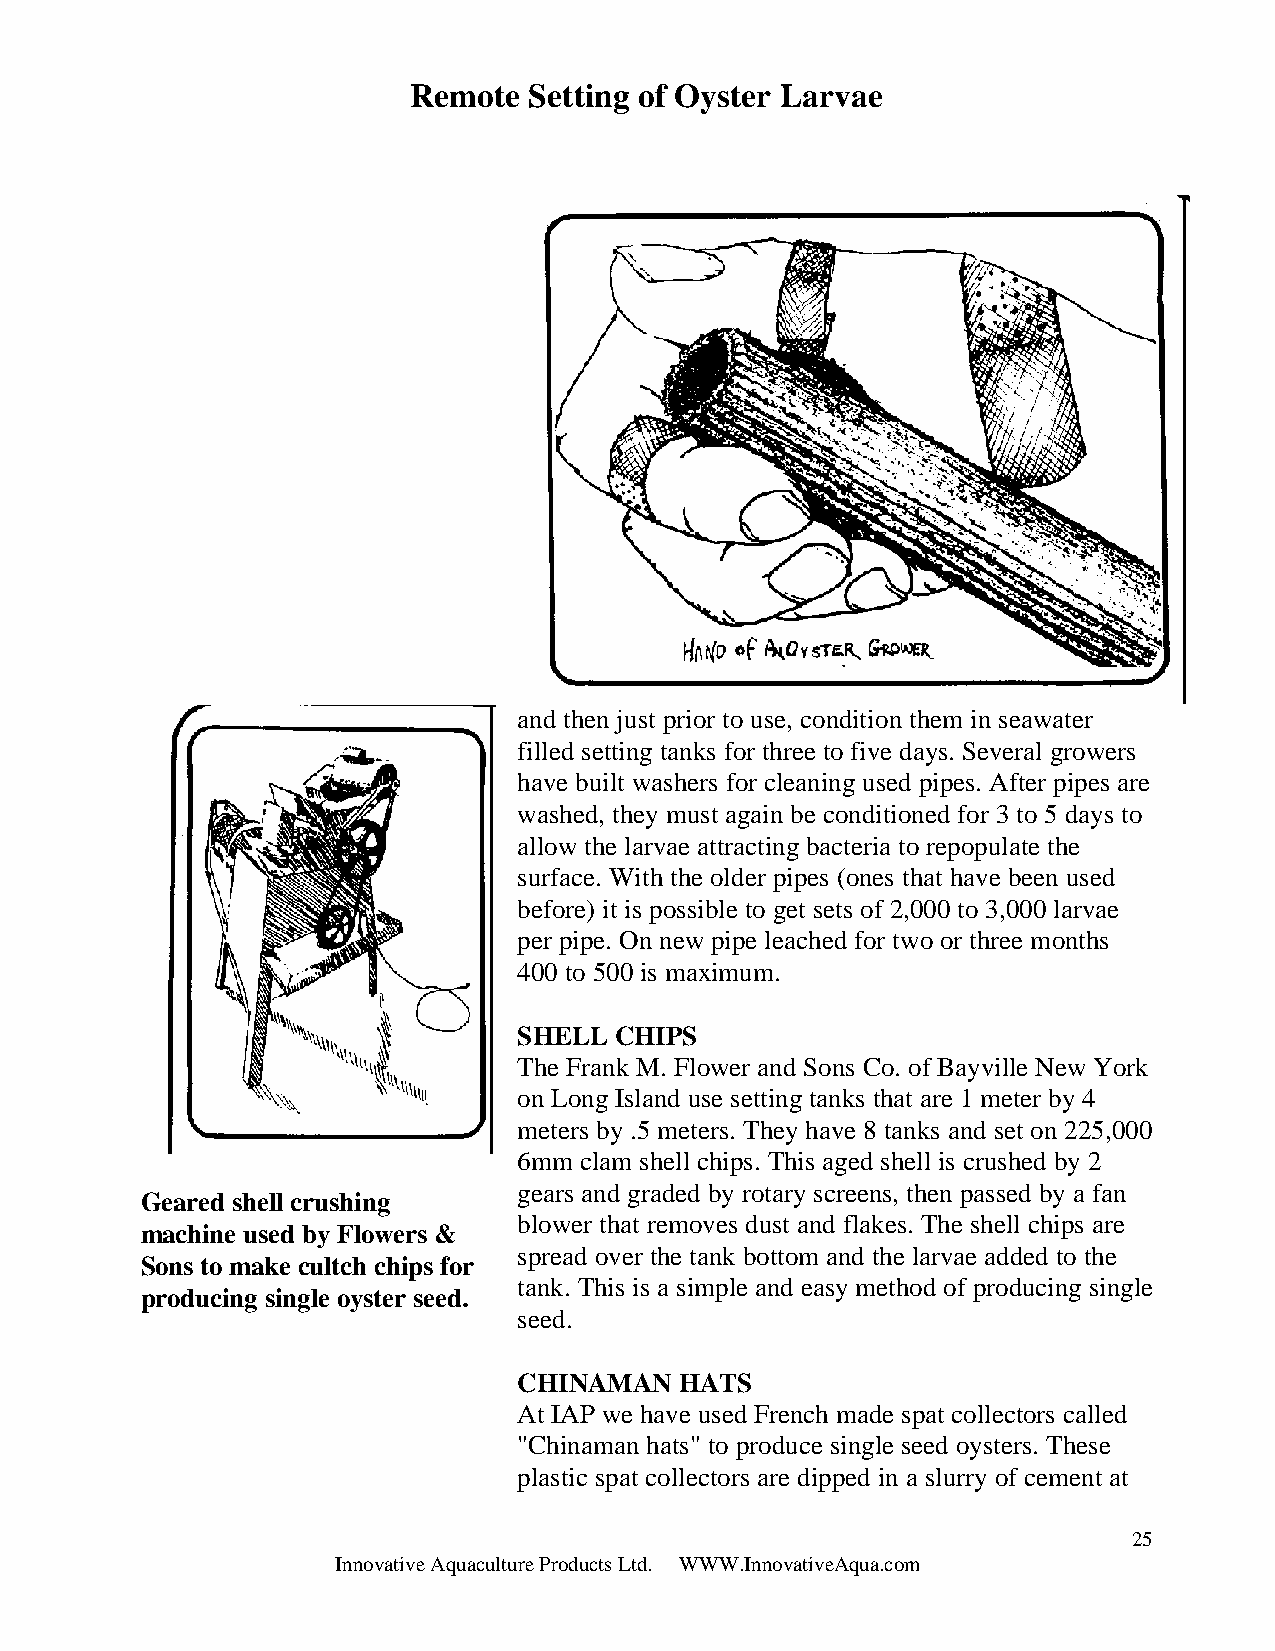
Remote  Setting of Oyster Larvae
 and then just prior to use, condition them in seawater
 filled setting tanks for three to five days. Several growers
 have built washers for cleaning used pipes. After pipes are
 washed, they must again be conditioned for 3 to 5 days to
 allow the larvae attracting bacteria to repopulate the
 surface. With the older pipes (ones that have been used
 before) it is possible to get sets of 2,000 to 3,000 larvae
 per pipe. On new pipe leached for two or three months
 400 to 500 is maximum.
 SHELL  CHIPS
 The Frank M. Flower and Sons Co. of Bayville New York
 on Long Island use setting tanks that are 1 meter by 4
 meters by .5 meters. They have 8 tanks and set on 225,000
 6mm clam shell chips. This aged shell is crushed by 2
 gears and graded by rotary screens, then passed by a fan
 Geared shell crushing
 blower that removes dust and flakes. The shell chips are
 machine used by Flowers &
 spread over the tank bottom and the larvae added to the
 Sons to make cultch chips for
 tank. This is a simple and easy method of producing single
 producing single oyster seed.
 seed.
 CHINAMAN   HATS
 At IAP we have used French made spat collectors called
 "Chinaman hats" to produce single seed oysters. These
 plastic spat collectors are dipped in a slurry of cement at
 25
 Innovative Aquaculture Products Ltd. WWW.InnovativeAqua.com